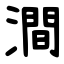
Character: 澗